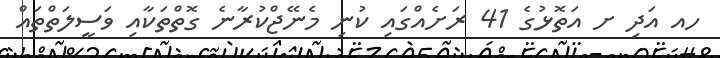
ހއ އަދި ށ އަތޮޅުގެ 41 ރަށެއްގައި ކުނި މެނޭޖްކުރާނެ ގޮތްތަކާއި ވަސީލަތްތައް